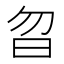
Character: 㫚